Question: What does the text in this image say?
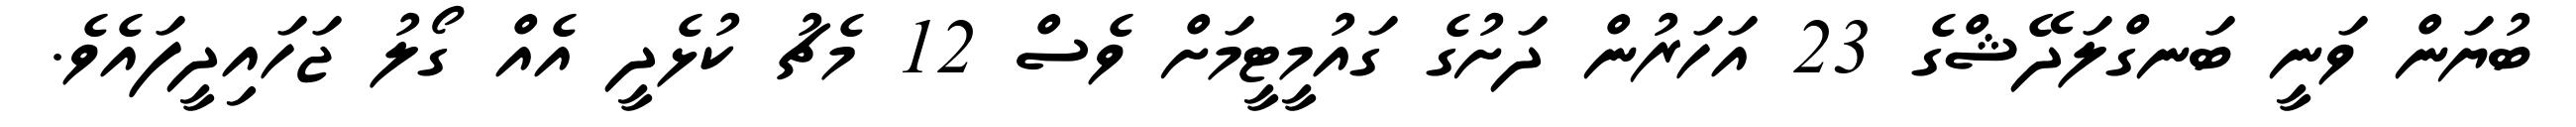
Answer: ބުޔަން ވަނީ ބަނގްލަދޭޝްގެ 23 އަހަރުން ދަށުގެ ގައުމީޓީމަށް ވެސް 12 މެޗު ކުޅެދީ އެއް ގޯލު ޖަހައިދީފައެވެ.